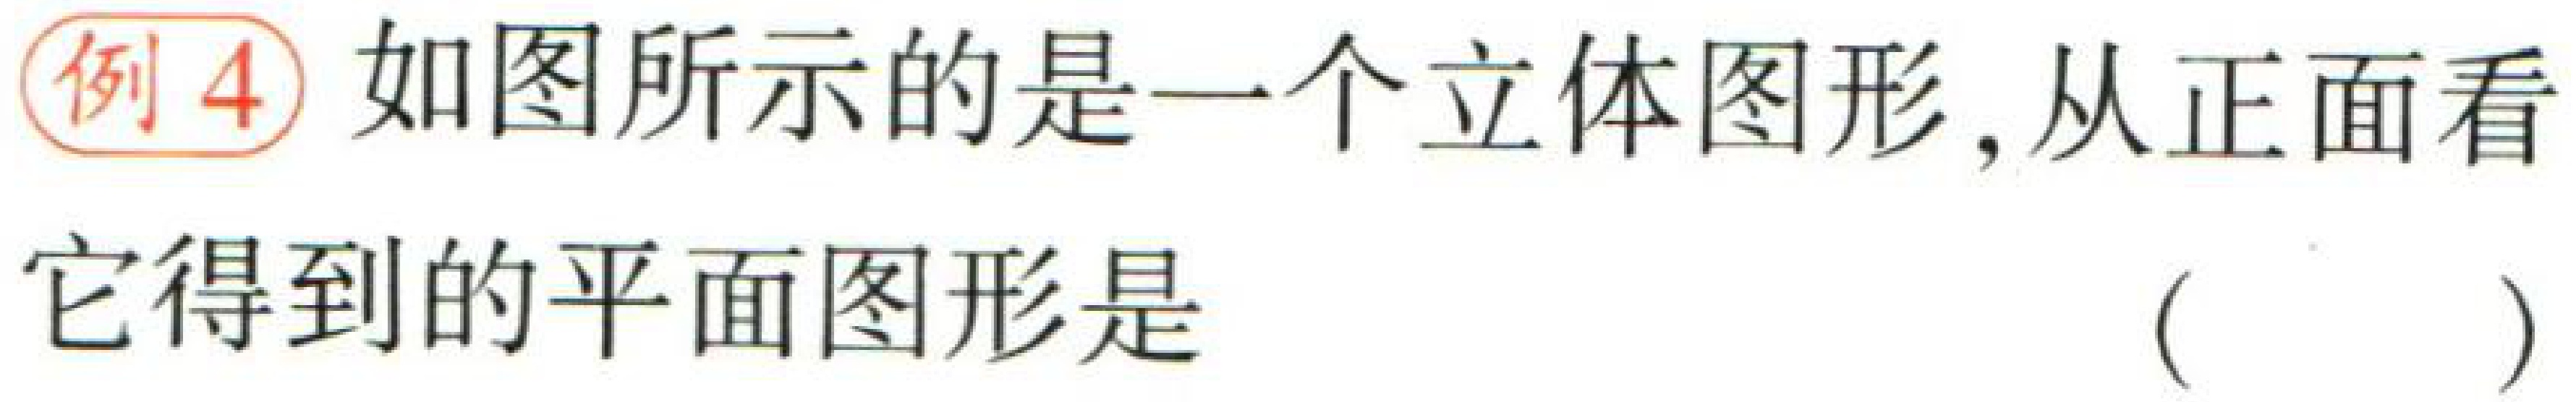
例4 如图所示的是一个立体图形, 从正面看它得到的平面图形是 （  ）